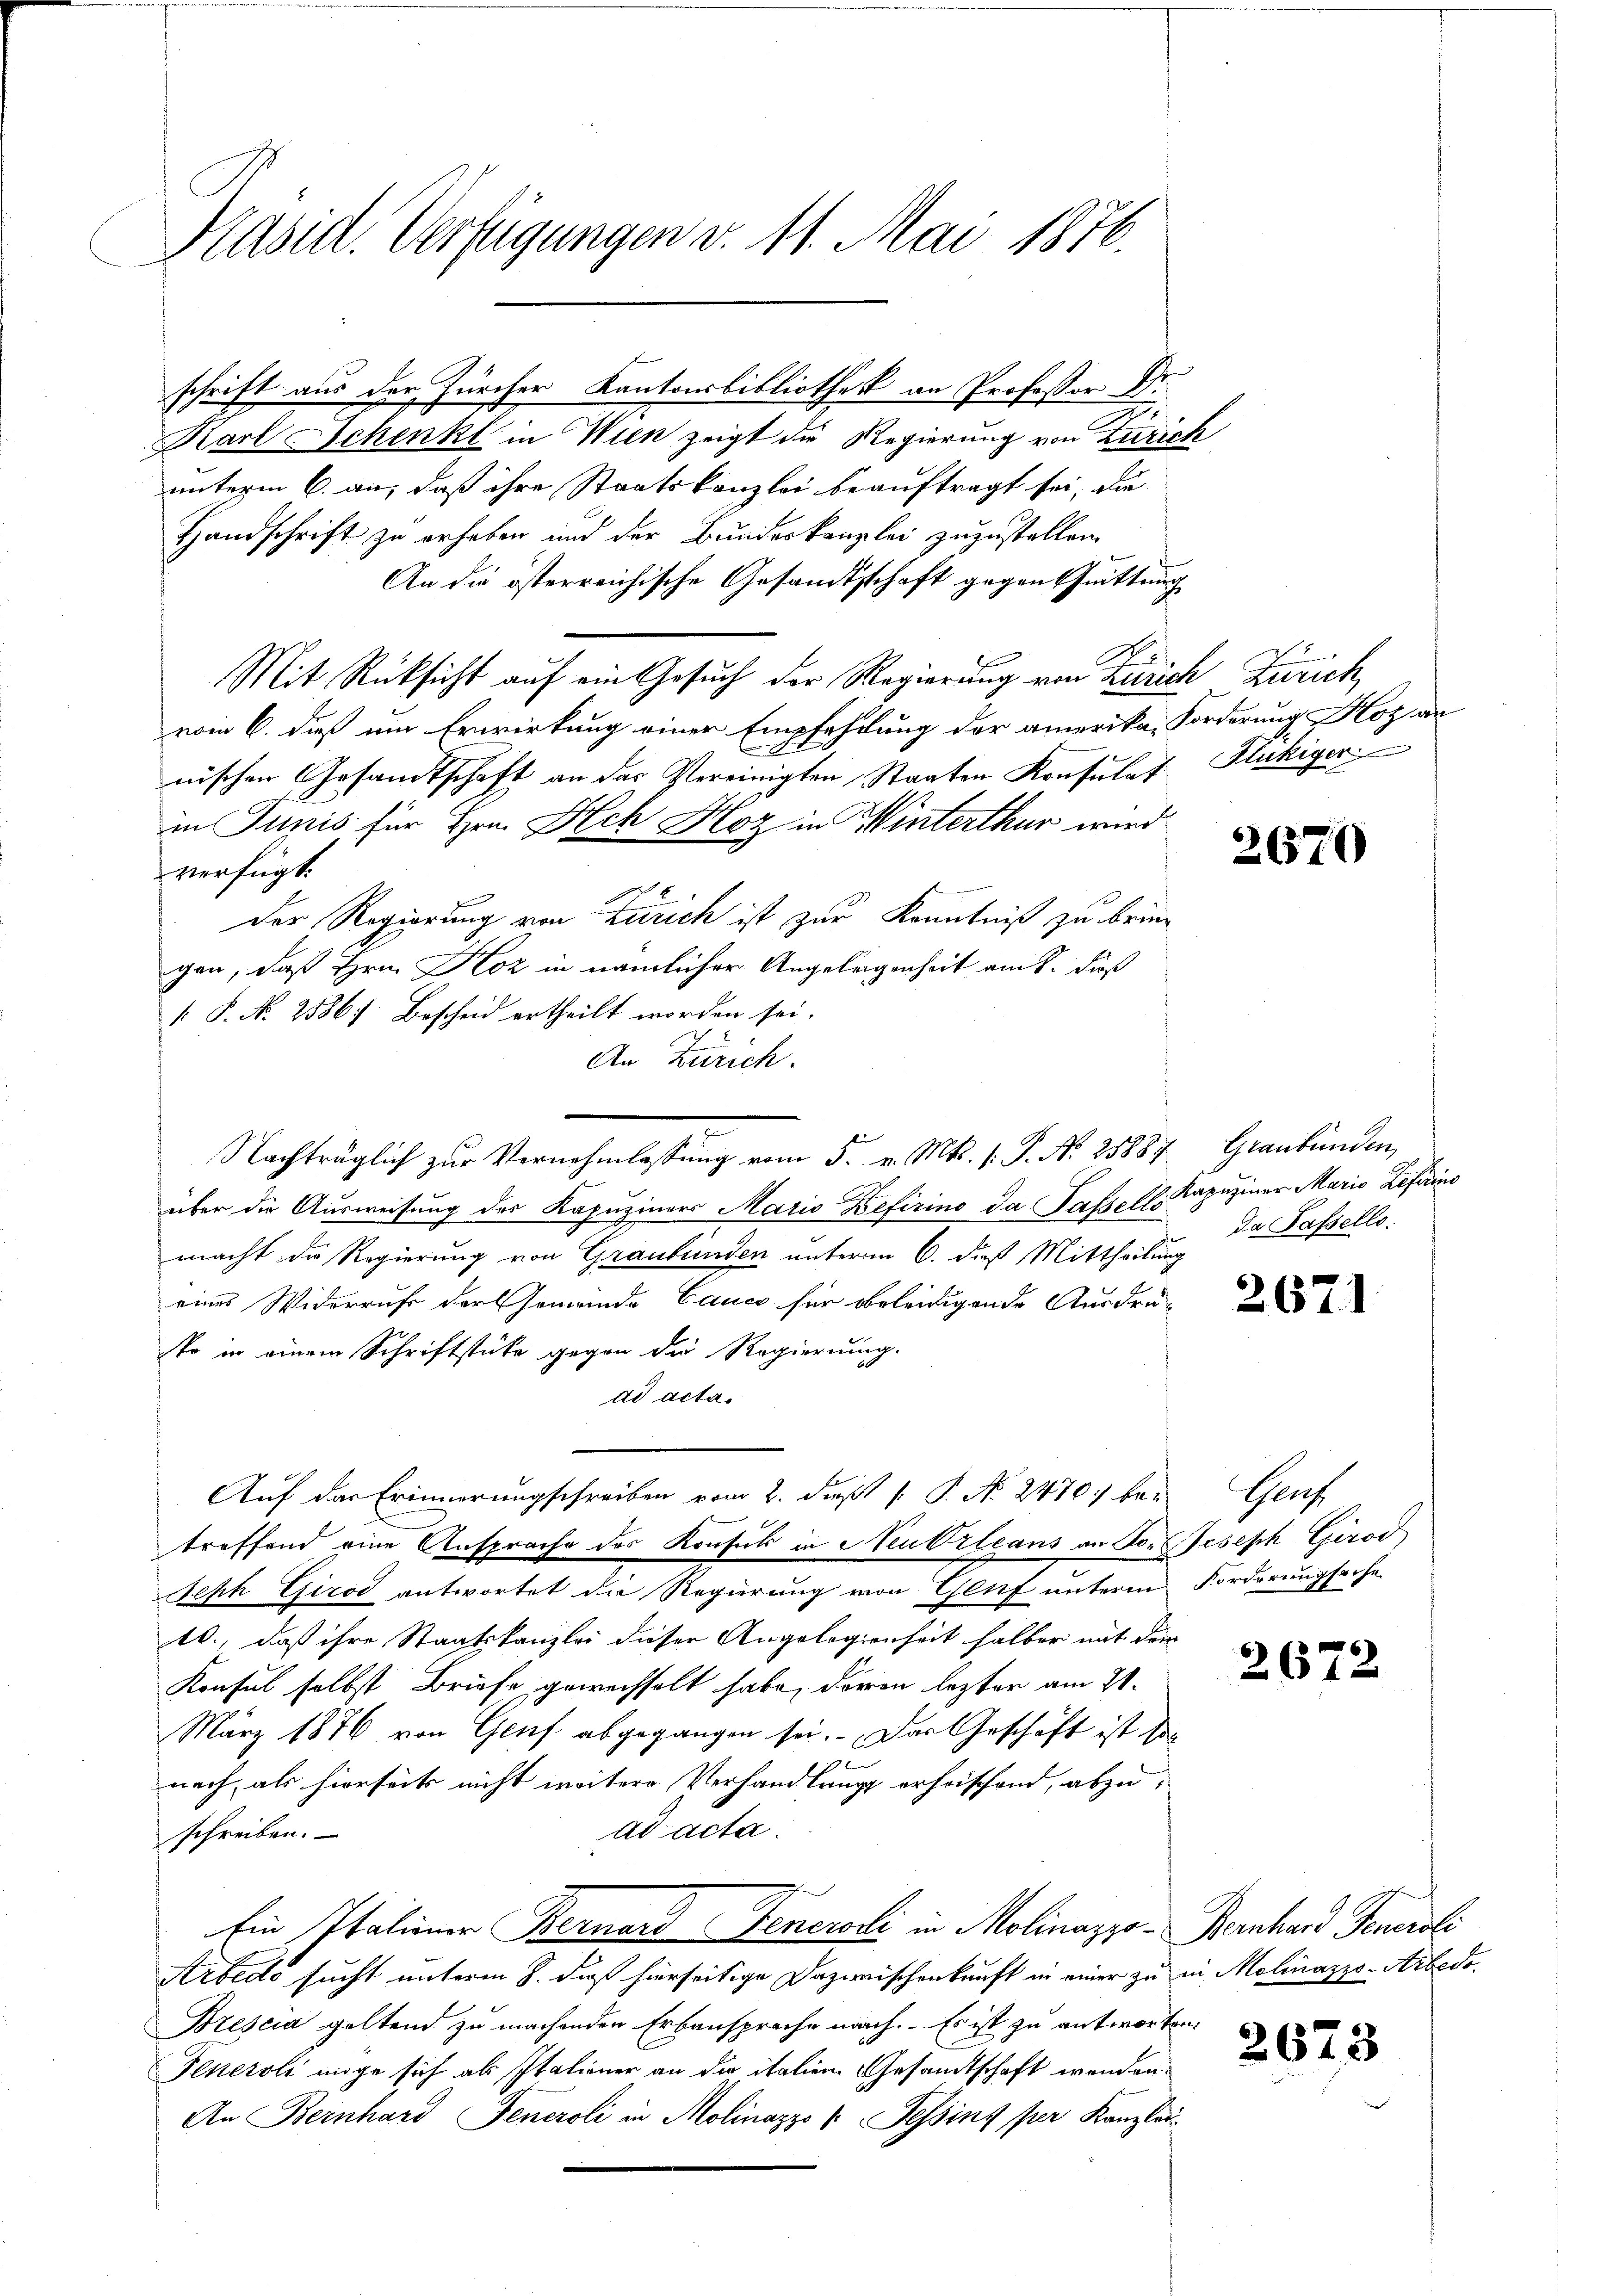
Präsid. Verfügungen v. 11. Mai 1876.

schrift aus der Zürcher Kantonsbibliothek an Professor Dr.
Karl Schenkt in Wien zeigt die Regierung von Zürich
unterm 6. an, daß ihre Staatskanzlei beauftragt sei, da
Handschrift zu erhaben und der Bundeskanzlei zuzustellen.
An die österreichische Gesamtsschaft gegen Quittung
Mit Rücksicht auf ein Gesuch der Regierung von Zürich Zürich
vom 6. daß um Erwirkung einer Empfehlung der amerika, Forderung Koz an
nischen Gesandtschaft an das Vereinigten Staaten Konsulat Flukiger
im Junis für Hrn. Ach Hoz in Winterthur wird
verfügt.
t
Der Regierung von Zürich ist zur Kenntniß zu bringen, daß Hrn. Koz in nämlicher Angelegenheit am 8. dieß
 P. N. 2586) Bescheid ertheilt worden sei.
An Zürich.
Nachträglich zŭr Vernehmlassŭng vom 5. v. Mts. 1. P. Nr. 25887, Graubünden,
über die Ausweisung des Kapuziners Maris Befirino da Passelt. Kapuziner Maria Leferins
macht die Regierung von Graubünden unterm 6. dieß Mittheilung
eines Widerrufe der Gemeinde Cance für beleidigende Ausdru
sto in einem Schriftstücke gegen die Regierung.
ad acta.
Auf der Erinnerungschreiben vom 2. Fuß  P. No. 2470 be-
treffend eine Ansprache des Konsul in Neubrleans an Vor Joseph Girod
Seph Girod antwortet die Regierung von Glif unterm Forderungsache
10., daß ihre Staatskanzlei dieser Angelegienheit halber mit dem
Konsul selbst Briefe, gewechselt habe, davon lezten am 21.
März 1876 von Genf abgegangen sei. Das Geschäft ist so
nach, als hierseits nicht weitere Verhandlung erheischend, abzuad acta.
schreiben.
Ein Italiner Bernard Generedi in Molinazzo- Bernhard Generali
Kebedo sucht unterm 8. daß hierseitige Dazwischenkunft in einer zu in Molinazzo-Arbedo¬
Drescia geltend zu machenden Erbansprache nach. Es ist zu antworten.
Fenerali mige sich als Italiener an die italien Gesandtschaft wenden.
An Bernhard Feneroli in Molinazzo Tessins per Kanzlei-

2670

da Passello.

Gens

2672

2673